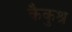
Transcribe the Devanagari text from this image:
कैकुश्रू